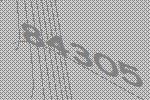
84305